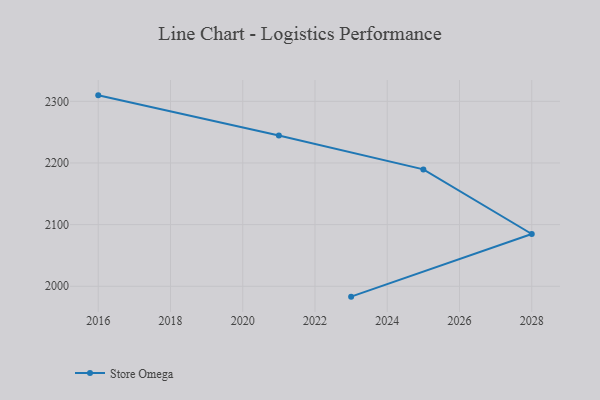
{"axis": {"x": "Year", "y": "Latency (ms)"}, "legend": ["Store Omega"], "data": [{"x": "2016", "y": 2309.7, "type": "Store Omega"}, {"x": "2021", "y": 2244.5, "type": "Store Omega"}, {"x": "2025", "y": 2189.6, "type": "Store Omega"}, {"x": "2028", "y": 2084.8, "type": "Store Omega"}, {"x": "2023", "y": 1983.2, "type": "Store Omega"}]}